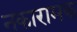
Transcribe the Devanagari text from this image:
नकारामक